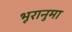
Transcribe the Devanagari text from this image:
भूरानुमा